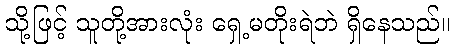
သို့ဖြင့် သူတို့အားလုံး ရှေ့မတိုးရဲဘဲ ရှိနေသည်။